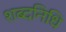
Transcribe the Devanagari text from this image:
शब्दनिधि